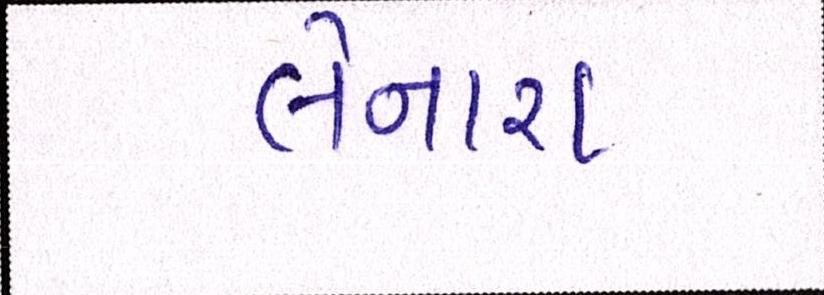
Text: લેનારા